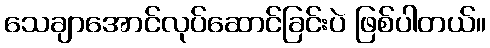
သေချာအောင်လုပ်ဆောင်ခြင်းပဲ ဖြစ်ပါတယ်။